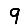
Digit: 9